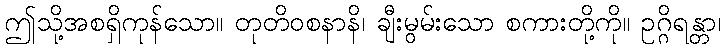
ဤသို့အစရှိကုန်သော။ တုတိဝစနာနိ၊ ချီးမွမ်းသော စကားတို့ကို။ ဥဂ္ဂိရန္တာ၊